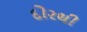
દોરથી